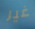
غير